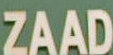
ZAAD